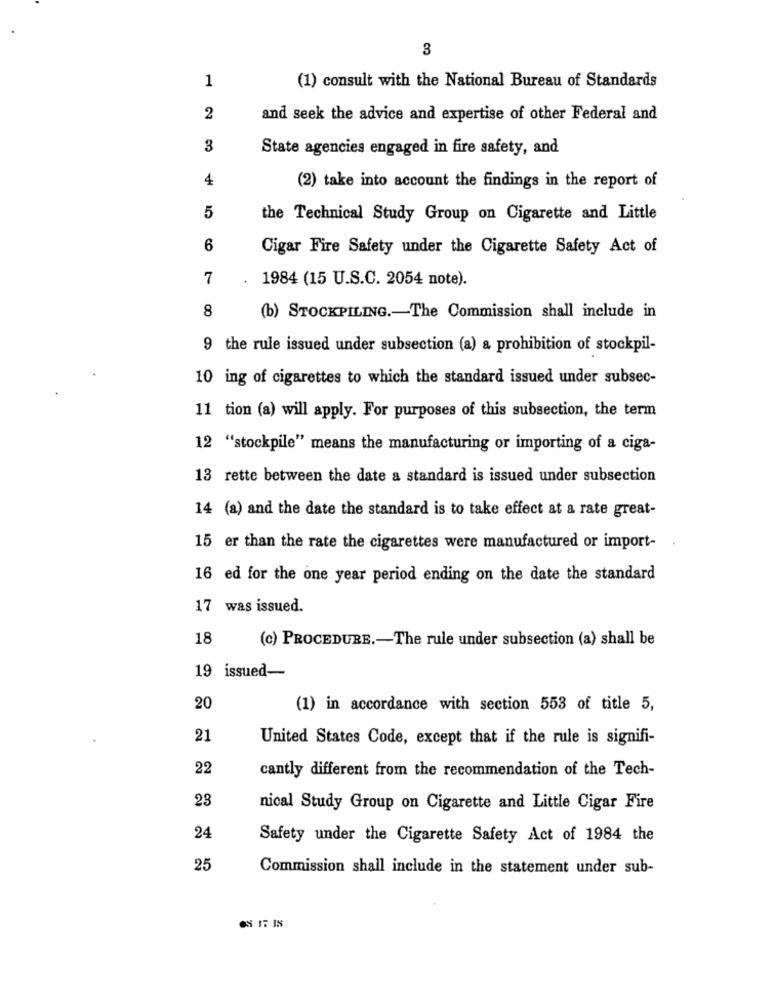
3
1
(1) consult with the National Bureau of Standards
2
and seek the advice and expertise of other Federal and
3
State agencies engaged in fire safety, and
4
(2) take into account the findings in the report of
5
the Technical Study Group on Cigarette and Little
6
Cigar Fire Safety under the Cigarette Safety Act of
7
1984 (15 U.S.C. 2054 note).
8
(b) STOCKPILING .- The Commission shall include in
9 the rule issued under subsection (a) a prohibition of stockpil-
10 ing of cigarettes to which the standard issued under subsec-
11 tion (a) will apply. For purposes of this subsection, the term
12 "stockpile" means the manufacturing or importing of a ciga-
13 rette between the date a standard is issued under subsection
14 (a) and the date the standard is to take effect at a rate great-
15 er than the rate the cigarettes were manufactured or import-
16 ed for the one year period ending on the date the standard
17 was issued.
18
(c) PROCEDURE .- The rule under subsection (a) shall be
19 issued-
20
(1) in accordance with section 553 of title 5,
21
United States Code, except that if the rule is signifi-
22
cantly different from the recommendation of the Tech-
23
nical Study Group on Cigarette and Little Cigar Fire
24
Safety under the Cigarette Safety Act of 1984 the
25
Commission shall include in the statement under sub-